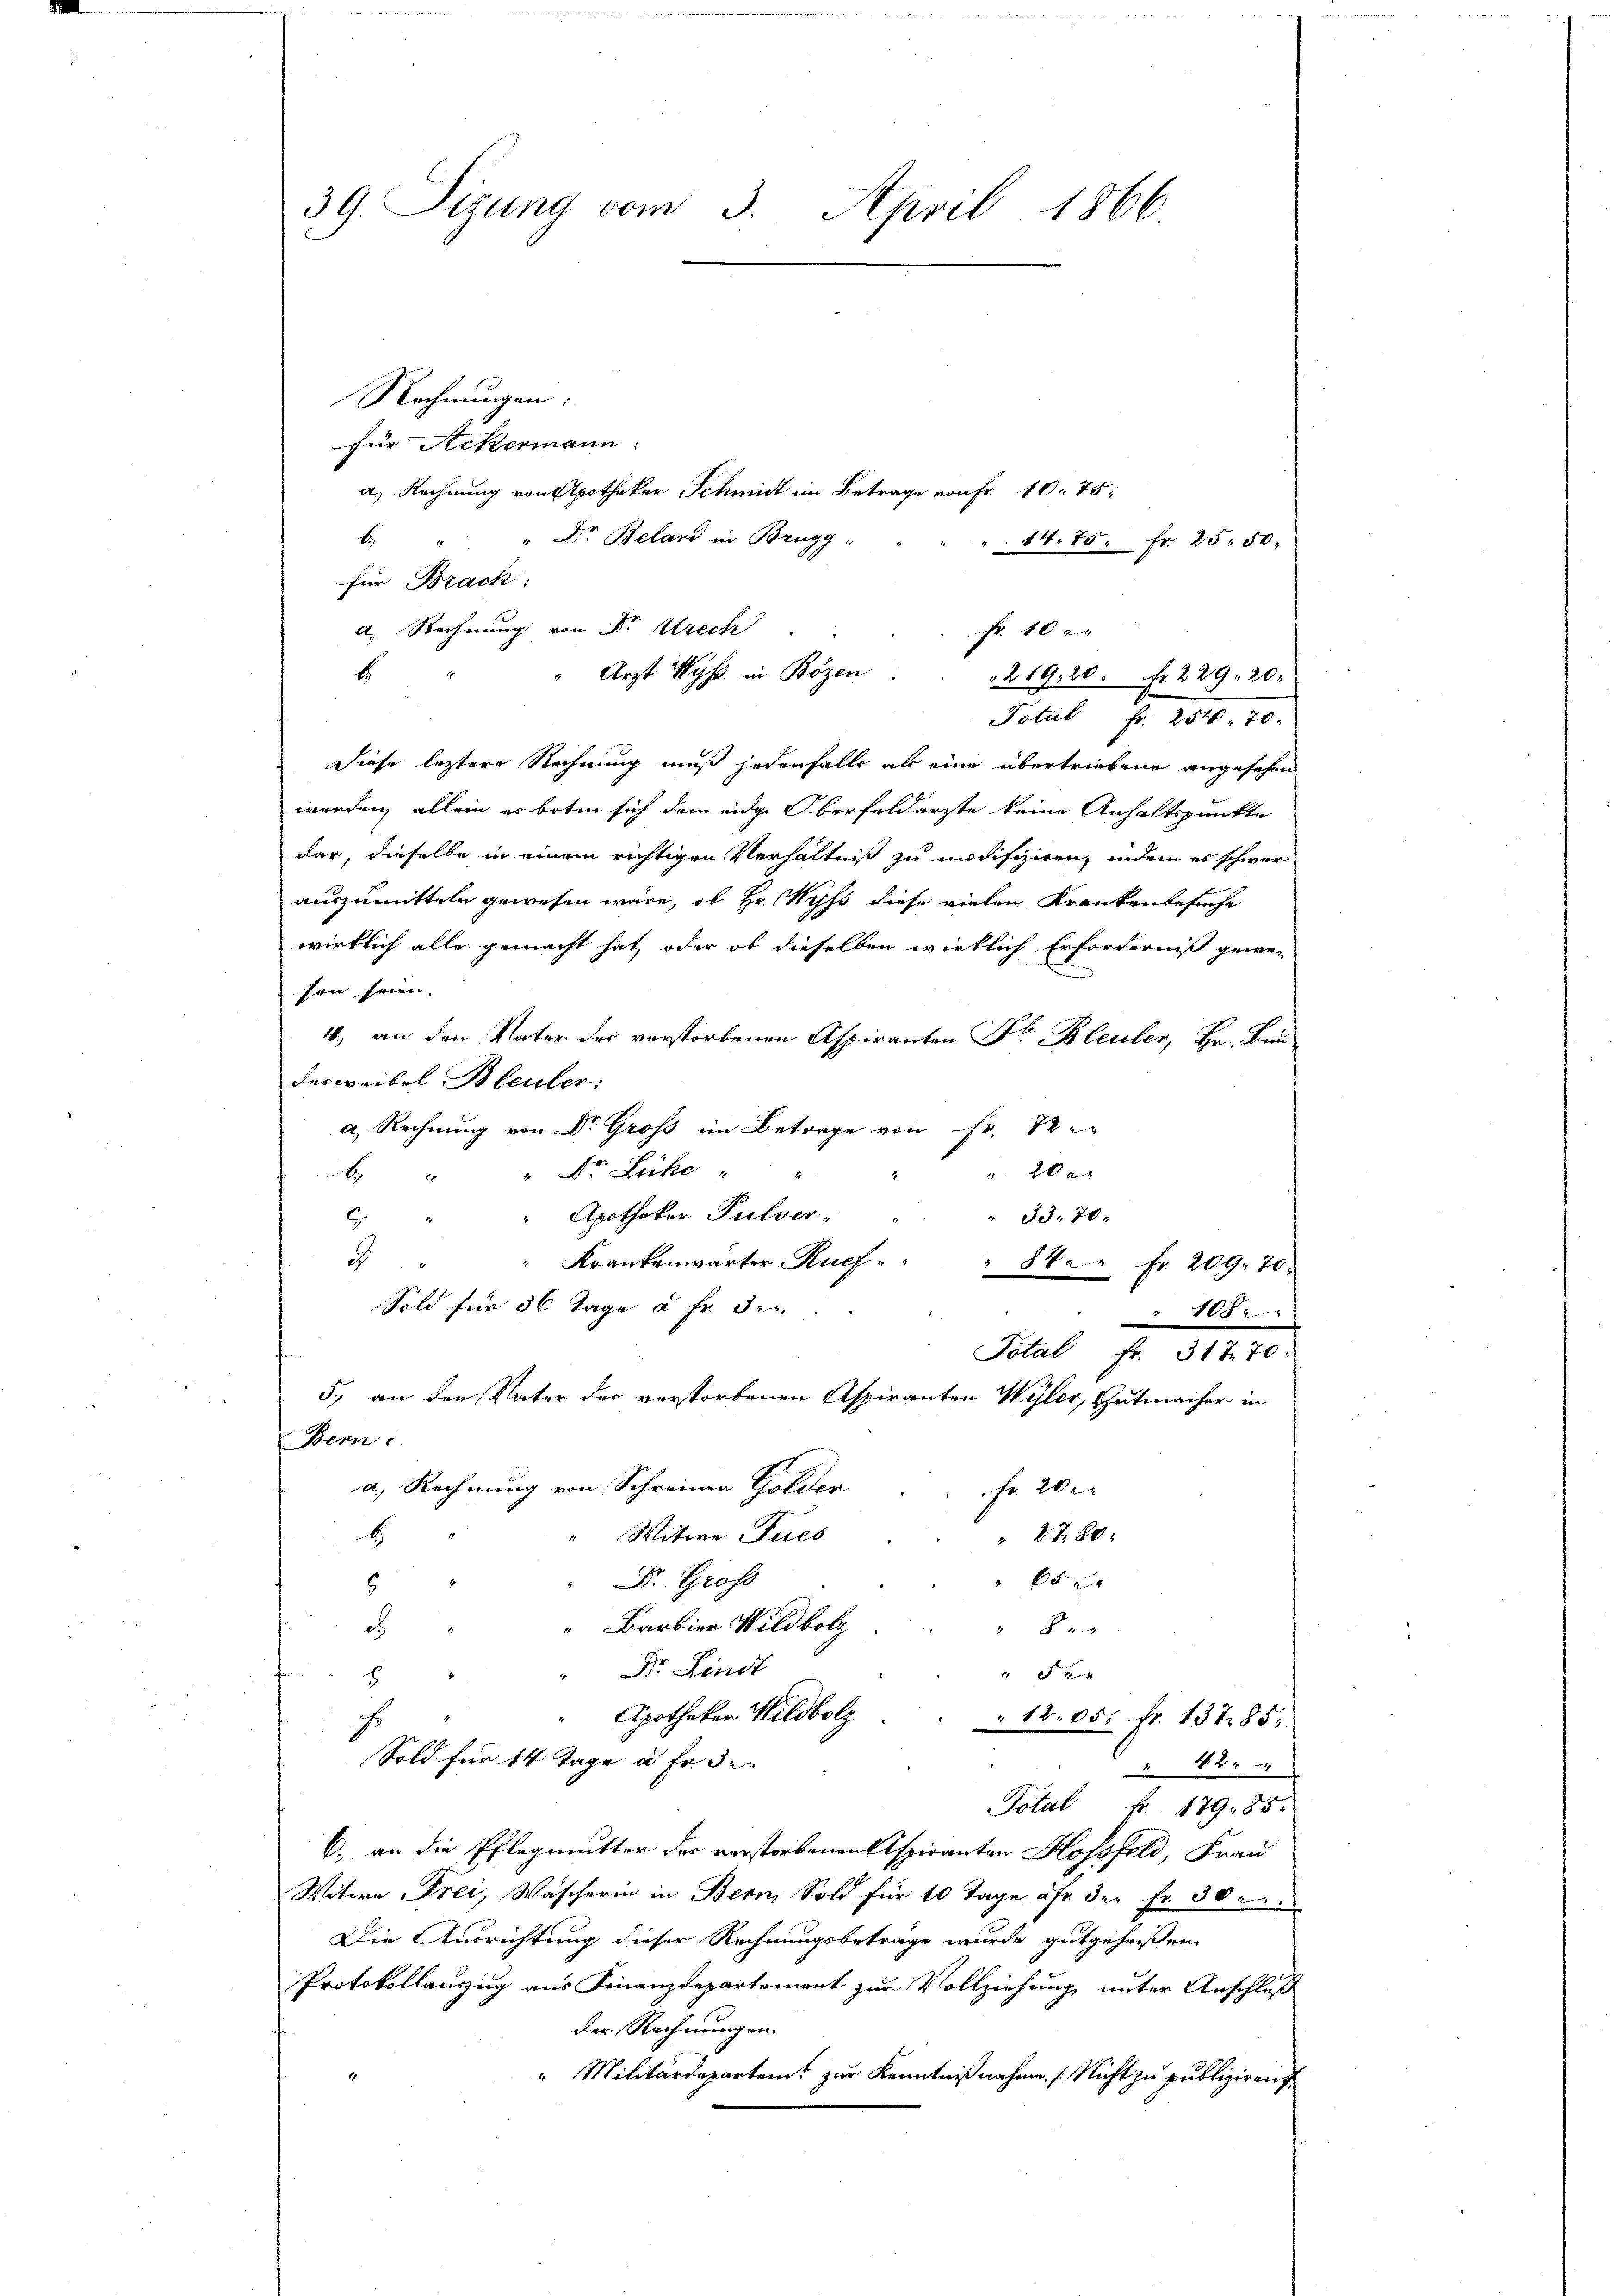
39. Sizung vom 3. April 1866

Rechnungen:
für Ackermann:
a) Rechnung von Apotheker Schmidt im Betrage von Fr. 10. 75
" Dr. Beland in Brugg,
E
14. 75. Fr. 25. 50.
für Brack:
d. Rechnung von Dr Urech
b
Jolal Fr. 204. 20.
Diese leztere Rechnung muß jedenfalls als eine übertriebene angesehen
werden, allein er boten sich dem eidg. Oberfeldarzte keine Anhaltspunkte
dar, dieselbe in einem richtigen Verhältniß zu modifiziren, indem es schwer
auszumitteln gewesen wäre, ob Hr. Wyss diese vielen Krankenbesuche
wirklich alle gemacht hat, oder ob dieselben wirklich Erforderniß gewe-
sen seien.
4., an den Vater der verstorbenen Aspiranten Dr. Bleuler, Hr. Bundesweibel Bleuler:
a. Rechnung von Dr. Groß im Betrage von Fr. 22
" Dr. Lücke " "
 20 a
B
2
" Apotheker Pulver,
" 33. 70.
E
a
Krankenwärter Ruef " " " 84.  Fr. 209. 70.
Sold für 36 Tage à Fr. der
108.
Total fr. 317. 70.
5.) an den Vater der verstorbenen Aspiranten Wyler, Gutmacher in
85
Wern
a.) Rechnung von Schreinen Golden
Fr. 20
Witwe Fues
H
2780.
65 x
Dr. Groß
s
“ Barbier Wildbolz
c
8 x
" Dr. Lindt
0 x
8
 Apotheker Wildbolz
" 1205, Nr. 13785,
Sold für 14 Tage u. fr. der
 44
Total fr. 179. 85.
b. an die Pflegmutter der verstorbenen Aspiranten Kossfeld, Frau
Witwe Frei, Wascherin in Bern, Sold für 10 Tage oft der Fr. 30.
Die Ausrichtung dieser Rechnungsbetrage wurde gutgeheißen
Protokollanzug aus Finanzdepartement zur Vollziehung unter Anschluß
Der Rechnungen.
"Militärdepartem zur Kenntnißnahme, (Nicht zu publiziren,

Fr. 10
Arzt Wyss in Bözen.
21920. Fr. 229. 20.